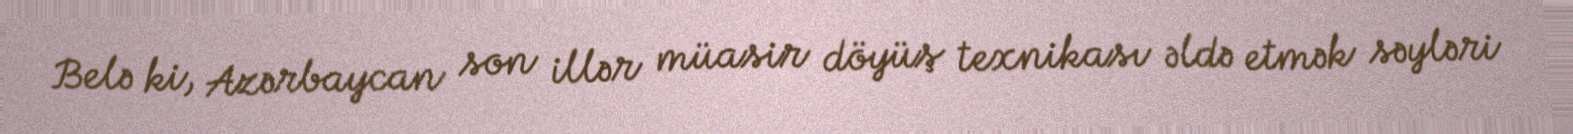
Belə ki, Azərbaycan son illər müasir döyüş texnikası əldə etmək səyləri